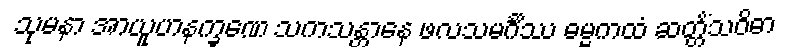
သုမနာ အာယူဟနက္ခဏေ သကသန္တာနေ ဖလသမင်္ဂိဿ ဓမ္မကထံ ဆတ္တိံသဝိဓာ